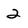
Character: 2